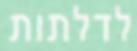
לדלתות